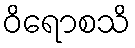
ဝိရောစသိ